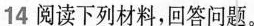
14阅读下列材料，回答问题。